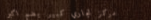
مركز تجاري كبير يضم أكبر